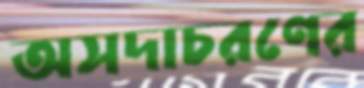
অসদাচরণের